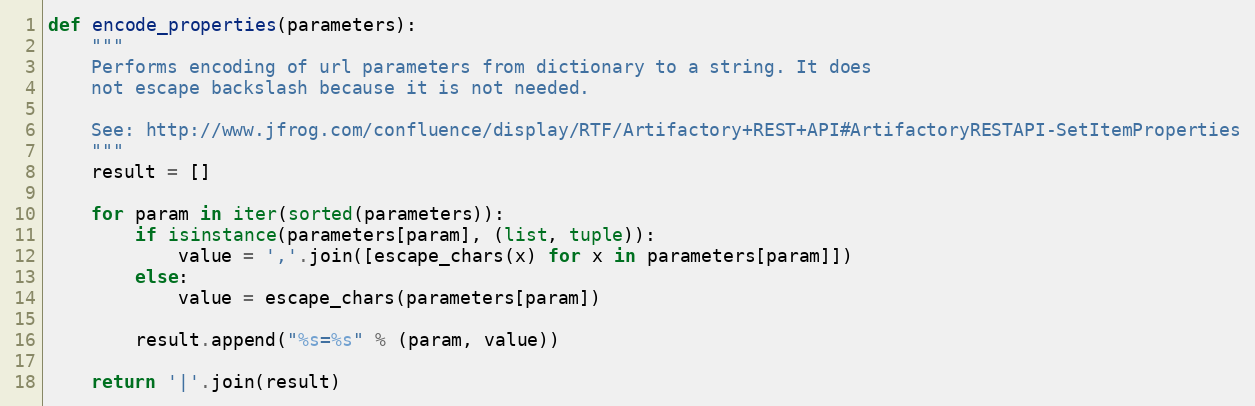
Language: Python
def encode_properties(parameters):
    """
    Performs encoding of url parameters from dictionary to a string. It does
    not escape backslash because it is not needed.

    See: http://www.jfrog.com/confluence/display/RTF/Artifactory+REST+API#ArtifactoryRESTAPI-SetItemProperties
    """
    result = []

    for param in iter(sorted(parameters)):
        if isinstance(parameters[param], (list, tuple)):
            value = ','.join([escape_chars(x) for x in parameters[param]])
        else:
            value = escape_chars(parameters[param])

        result.append("%s=%s" % (param, value))

    return '|'.join(result)